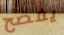
يفصح